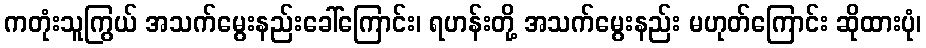
ကတုံးသူကြွယ် အသက်မွေးနည်းခေါ်ကြောင်း၊ ရဟန်းတို့ အသက်မွေးနည်း မဟုတ်ကြောင်း ဆိုထားပုံ၊